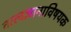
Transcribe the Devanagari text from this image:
तत्त्वज्ञानाविषयक